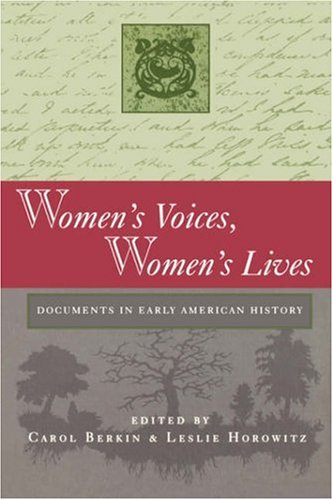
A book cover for Women's Voices, Women's Lives: Documents in Early American History; Politics & Social Sciences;